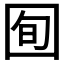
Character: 𫭈